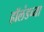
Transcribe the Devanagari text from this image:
हॉलंडच्या